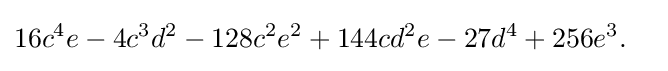
{\begin{aligned}{}&16c^{4}e-4c^{3}d^{2}-128c^{2}e^{2}+144cd^{2}e-27d^{4}+256e^{3}.\end{aligned}}